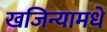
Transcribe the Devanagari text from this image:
खजिन्यामधे